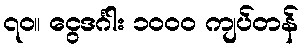
၇၀။ ငွေဒင်္ဂါး ၁၀၀၀ ကျပ်တန်